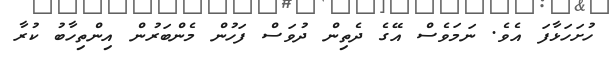
ހުށަހަޅާފަ އެވެ. ނަމަވެސް އޭގެ ދެތިން ދުވަސް ފަހުން މެންބަރުން އިންތިހާބު ކުރާ